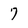
Character: 7